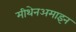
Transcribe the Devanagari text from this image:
मीथेनअमाइन